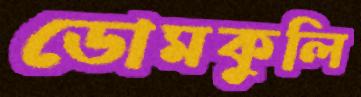
ডোমকুলি